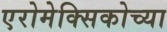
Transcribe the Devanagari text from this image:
एरोमेक्सिकोच्या